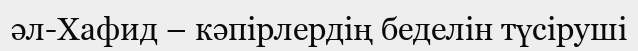
әл-Хафид – кәпірлердің беделін түсіруші